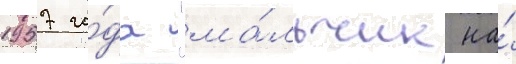
1957 го́да "ма́льчик на́